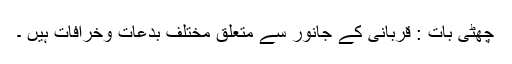
چھٹی بات : قربانی کے جانور سے متعلق مختلف بدعات وخرافات ہیں ۔